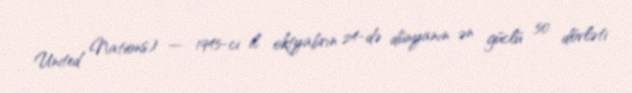
United Nations) — 1945-ci il oktyabrın 24-də dünyanın ən güclü 50 dövləti